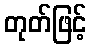
တုတ်ဖြင့်